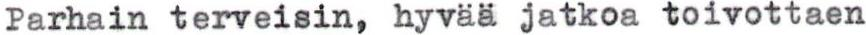
Parhain terveisin, hyvää jatkoa toivottaen